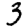
Digit: 3